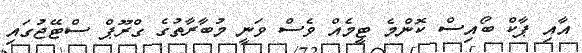
އާއި ޕާކް ބޯއިސް ކޮންމެ ޓީމެއް ވެސް ވަނީ މުބާރާތުގެ ގްރޫޕް ސްޓޭޖުގައި